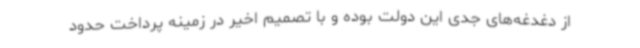
از دغدغه‌های جدی این دولت بوده و با تصمیم اخیر در زمینه پرداخت حدود